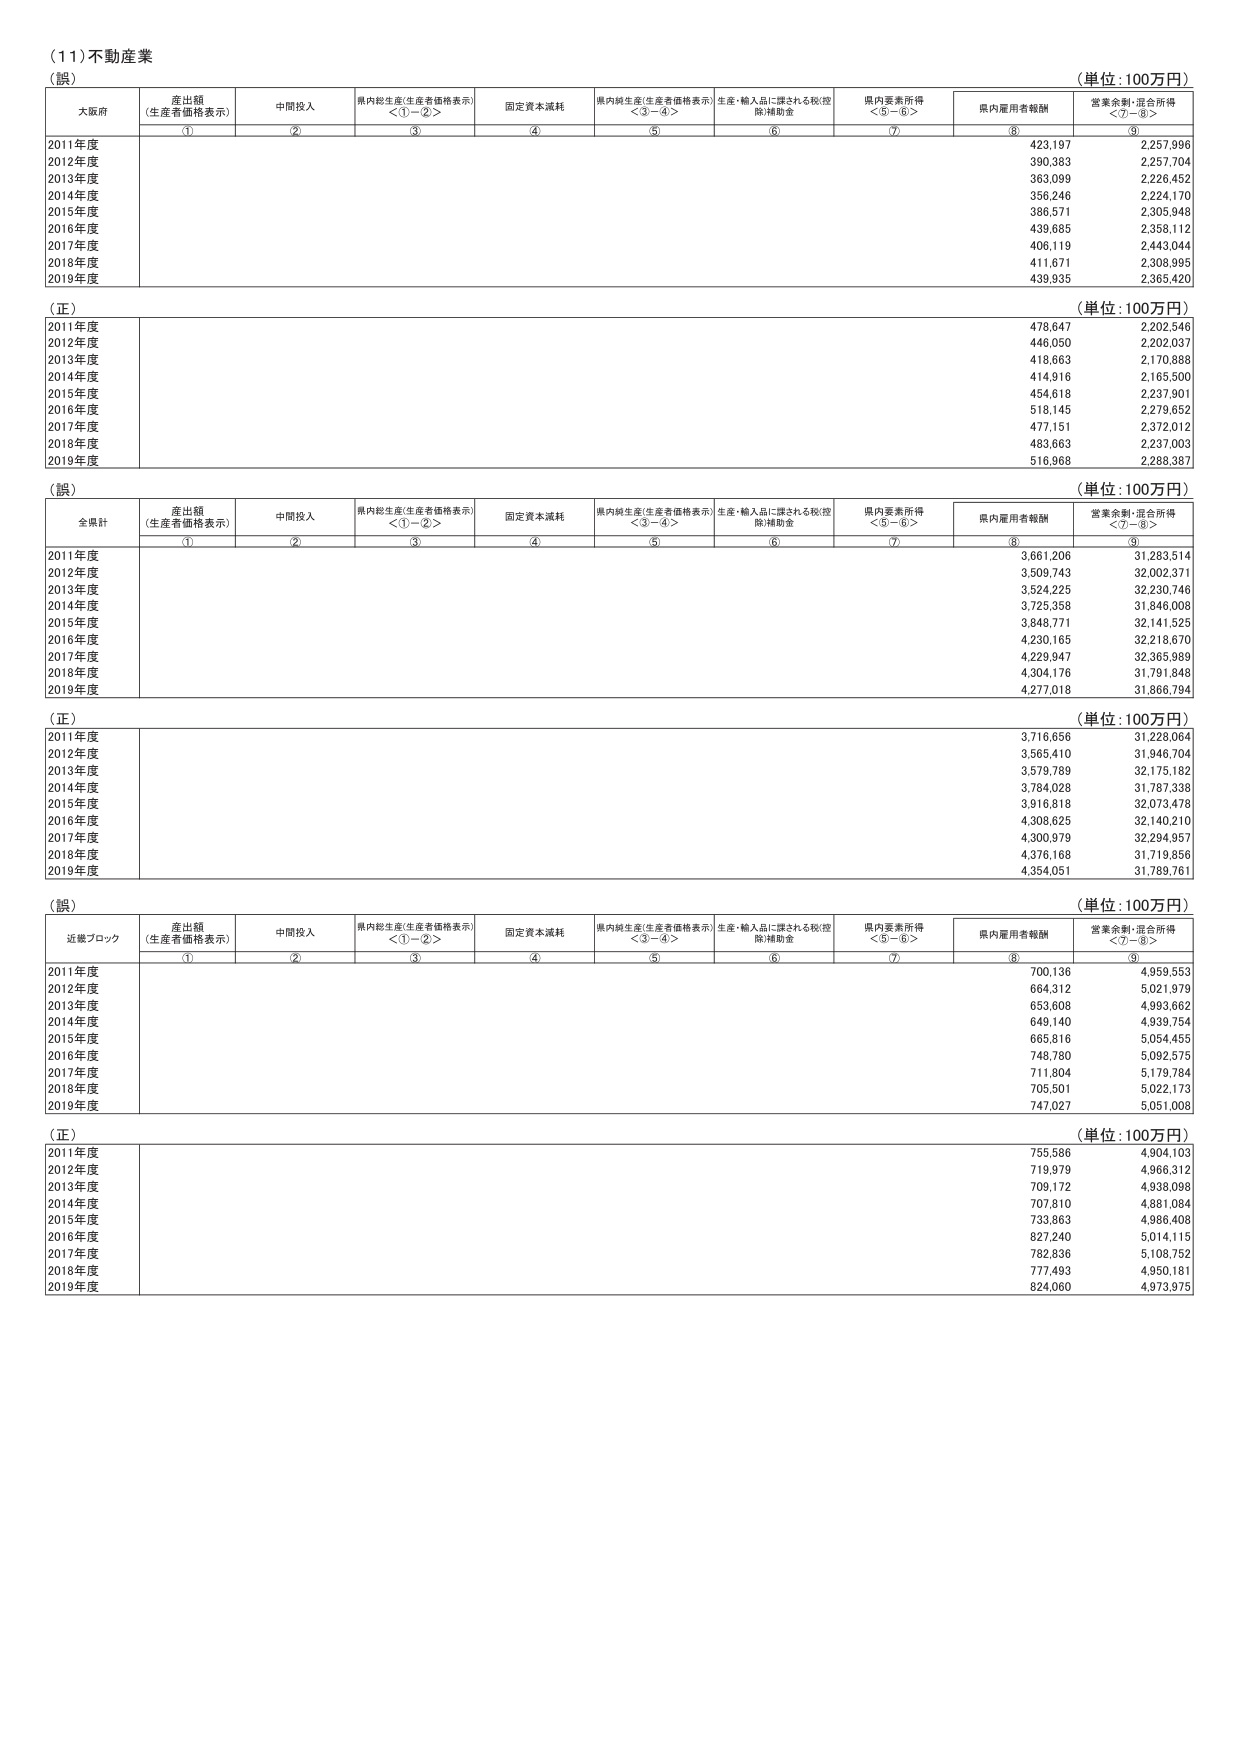
(11)不動産業
（誤）
（単位：100万円）
大阪府 産出額（生産者価格表示） 中間投入 県内総生産（生産者価格表示）＜①－②＞ 固定資本減耗 県内純生産（生産者価格表示）＜③－④＞ 生産・輸入品に課される税（控除）補助金 県内要素所得＜⑤－⑥＞ 県内雇用者報酬 営業余剰・混合所得＜⑦－⑧＞
① ② ③ ④ ⑤ ⑥ ⑦ ⑧ ⑨
2011年度 423,197 2,257,996
2012年度 390,383 2,257,704
2013年度 363,099 2,226,452
2014年度 356,246 2,224,170
2015年度 386,571 2,305,948
2016年度 439,685 2,358,112
2017年度 406,119 2,443,044
2018年度 411,671 2,308,995
2019年度 439,935 2,365,420

（正）
（単位：100万円）
2011年度 478,647 2,202,546
2012年度 446,050 2,202,037
2013年度 418,663 2,170,888
2014年度 414,916 2,165,500
2015年度 454,618 2,237,901
2016年度 518,145 2,279,652
2017年度 477,151 2,372,012
2018年度 483,663 2,237,003
2019年度 516,968 2,288,387

（誤）
（単位：100万円）
全県計 産出額（生産者価格表示） 中間投入 県内総生産（生産者価格表示）＜①－②＞ 固定資本減耗 県内純生産（生産者価格表示）＜③－④＞ 生産・輸入品に課される税（控除）補助金 県内要素所得＜⑤－⑥＞ 県内雇用者報酬 営業余剰・混合所得＜⑦－⑧＞
① ② ③ ④ ⑤ ⑥ ⑦ ⑧ ⑨
2011年度 3,661,206 31,283,514
2012年度 3,509,743 32,002,371
2013年度 3,524,225 32,230,746
2014年度 3,725,358 31,846,008
2015年度 3,848,771 32,141,525
2016年度 4,230,165 32,218,670
2017年度 4,229,947 32,365,989
2018年度 4,304,176 31,791,848
2019年度 4,277,018 31,866,794

（正）
（単位：100万円）
2011年度 3,716,656 31,228,064
2012年度 3,565,410 31,946,704
2013年度 3,579,789 32,175,182
2014年度 3,784,028 31,787,338
2015年度 3,916,818 32,073,478
2016年度 4,308,625 32,140,210
2017年度 4,300,979 32,294,957
2018年度 4,376,168 31,719,856
2019年度 4,354,051 31,789,761

（誤）
（単位：100万円）
近畿ブロック 産出額（生産者価格表示） 中間投入 県内総生産（生産者価格表示）＜①－②＞ 固定資本減耗 県内純生産（生産者価格表示）＜③－④＞ 生産・輸入品に課される税（控除）補助金 県内要素所得＜⑤－⑥＞ 県内雇用者報酬 営業余剰・混合所得＜⑦－⑧＞
① ② ③ ④ ⑤ ⑥ ⑦ ⑧ ⑨
2011年度 700,136 4,959,553
2012年度 664,312 5,021,979
2013年度 653,608 4,993,662
2014年度 649,140 4,939,754
2015年度 665,816 5,054,455
2016年度 748,780 5,092,575
2017年度 711,804 5,179,784
2018年度 705,501 5,022,173
2019年度 747,027 5,051,008

（正）
（単位：100万円）
2011年度 755,586 4,904,103
2012年度 719,979 4,966,312
2013年度 709,172 4,938,098
2014年度 707,810 4,881,084
2015年度 733,863 4,986,408
2016年度 827,240 5,014,115
2017年度 782,836 5,108,752
2018年度 777,493 4,950,181
2019年度 824,060 4,973,975